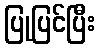
ပြုပြင်ပြီး